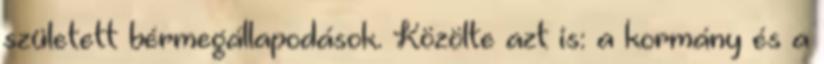
született bérmegállapodások. Közölte azt is: a kormány és a